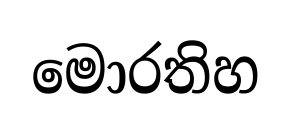
මොරතිහ